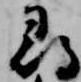
尋